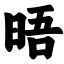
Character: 晤